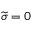
\widetilde { \sigma } = 0